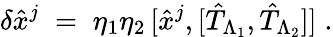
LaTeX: \delta{\hat{x}}^{j}\; =\; \eta_{1}\eta_{2}\, [{\hat{x}}^{j},[{\hat{T}}_{\Lambda_{1}},{\hat{T}}_{\Lambda_{2}}]]\; .